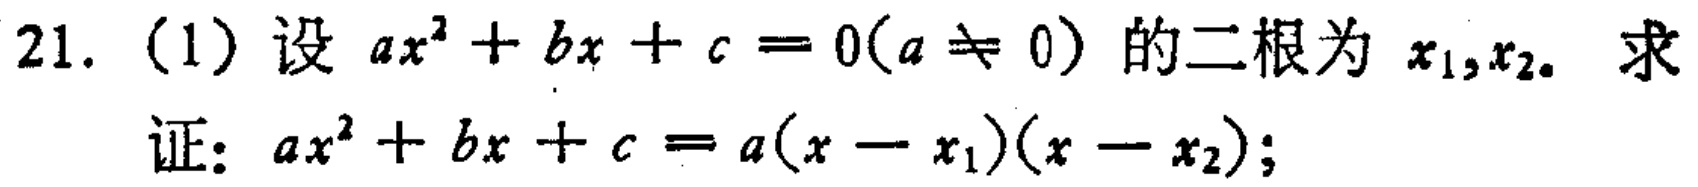
21. (1) 设 \(ax^{2}+bx + c = 0(a\neq 0)\) 的二根为 \(x_{1},x_{2}\). 求

证：\(ax^{2}+bx + c=a(x - x_{1})(x - x_{2})\);